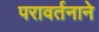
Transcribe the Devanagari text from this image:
परावर्तनाने